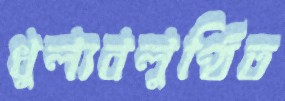
ধুল্যবলুণ্ঠিত